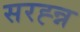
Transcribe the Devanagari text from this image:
सरह्न्न